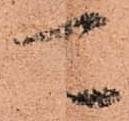
可